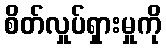
စိတ်လှုပ်ရှားမှုကို